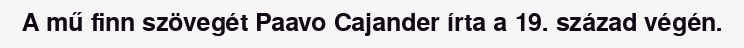
A mű finn szövegét Paavo Cajander írta a 19. század végén.